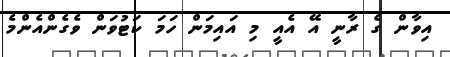
އިވާން ގެ ރާނީ އޭ އެއީ މި އައިމަން ހަމަ ކަޓުވަން ވެގެންއެންމެ